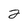
Character: 2